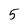
Character: 5